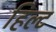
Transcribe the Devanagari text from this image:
हिल्ट